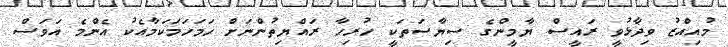
މުއިއްޒު ވިދާޅުވީ ރައީސް ޔާމީންގެ ސިޔާސަތަކީ ހުރިހާ ރައްޔިތުންނަށް ހަމަހަމަކަމާއެކު އެންމެ އަވަސް